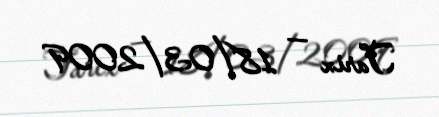
Tarix — 18/03/2009